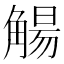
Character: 𫌰